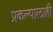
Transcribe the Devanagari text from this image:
प्रकल्पालाही